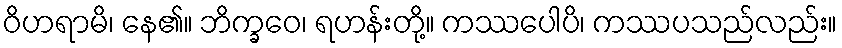
ဝိဟရာမိ၊ နေ၏။ ဘိက္ခဝေ၊ ရဟန်းတို့။ ကဿပေါပိ၊ ကဿပသည်လည်း။